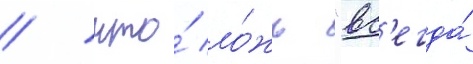
/ что́ ло́жь "вс'егда́